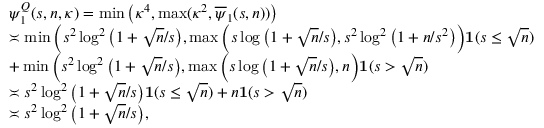
\begin{array} { r l } & { \psi _ { 1 } ^ { Q } ( s , n , \kappa ) = \operatorname* { m i n } \big ( \kappa ^ { 4 } , \operatorname* { m a x } ( \kappa ^ { 2 } , \overline { { \psi } } _ { 1 } ( s , n ) ) \big ) } \\ & { \asymp \operatorname* { m i n } \Big ( s ^ { 2 } \log ^ { 2 } \big ( 1 + \sqrt { n } / s \big ) , \operatorname* { m a x } \Big ( s \log \big ( 1 + \sqrt { n } / s \big ) , s ^ { 2 } \log ^ { 2 } \big ( 1 + n / s ^ { 2 } \big ) \Big ) \mathbf { 1 } ( s \leq \sqrt { n } ) } \\ & { + \operatorname* { m i n } \Big ( s ^ { 2 } \log ^ { 2 } \big ( 1 + \sqrt { n } / s \big ) , \operatorname* { m a x } \Big ( s \log \big ( 1 + \sqrt { n } / s \big ) , n \Big ) \mathbf { 1 } ( s > \sqrt { n } ) } \\ & { \asymp s ^ { 2 } \log ^ { 2 } \big ( 1 + \sqrt { n } / s \big ) \mathbf { 1 } ( s \leq \sqrt { n } ) + n \mathbf { 1 } ( s > \sqrt { n } ) } \\ & { \asymp s ^ { 2 } \log ^ { 2 } \big ( 1 + \sqrt { n } / s \big ) , } \end{array}